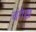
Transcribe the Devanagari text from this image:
चंगेख